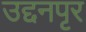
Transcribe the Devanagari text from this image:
उद्दनपृर